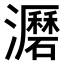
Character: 𤃹